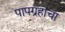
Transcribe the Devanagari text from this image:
पापग्रहाचा